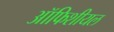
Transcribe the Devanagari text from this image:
ऑफिशीयल